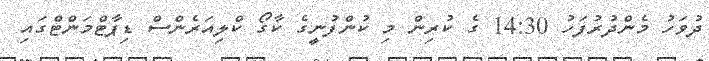
ދުވަހު މެންދުރުފަހު 14:30 ގެ ކުރިން މި ކުންފުނީގެ ކާގޯ ކްލިއަރެންސް ޑިޕާޓްމަންޓްގައި